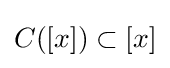
C([x])\subset [x]